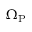
\Omega _ { \mathrm { P } }